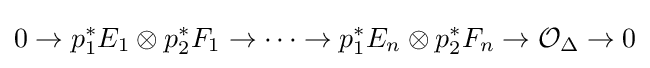
0\to p_{1}^{*}E_{1}\otimes p_{2}^{*}F_{1}\to \cdots \to p_{1}^{*}E_{n}\otimes p_{2}^{*}F_{n}\to {\mathcal {O}}_{\Delta }\to 0